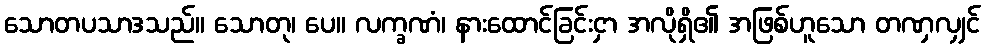
သောတပသာဒသည်။ သောတု၊ ပေ။ လက္ခဏံ၊ နားထောင်ခြင်းငှာ အလိုရှိ၏ အဖြစ်ဟူသော တဏှလျှင်